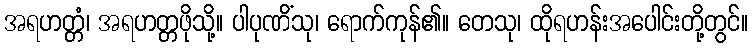
အရဟတ္တံ၊ အရဟတ္တဖိုသို့။ ပါပုဏိံသု၊ ရောက်ကုန်၏။ တေသု၊ ထိုရဟန်းအပေါင်းတို့တွင်။